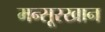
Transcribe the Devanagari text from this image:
मन्सूरखान